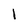
Character: 1